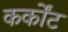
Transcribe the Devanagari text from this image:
कर्कोंट